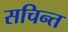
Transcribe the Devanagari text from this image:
सचिन्त